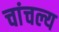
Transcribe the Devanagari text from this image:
चांचल्य